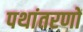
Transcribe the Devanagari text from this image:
पथांतरणों